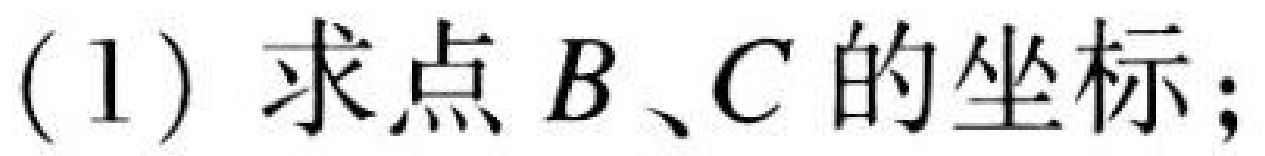
(1) 求点 \(B、C\)的坐标；